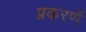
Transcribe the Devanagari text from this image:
प्रकरणें